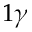
1 \gamma